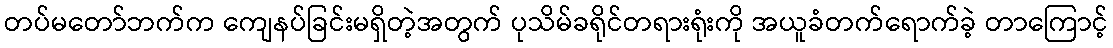
တပ်မတော်ဘက်က ကျေနပ်ခြင်းမရှိတဲ့အတွက် ပုသိမ်ခရိုင်တရားရုံးကို အယူခံတက်ရောက်ခဲ့ တာကြောင့်